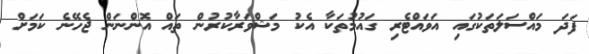
ފަދަ މައްސަލަތަކުގައި އަވައްޓެރި ގައުމުތަކާ އެކު މަޝްވަރާކުރުން ތައް އޮންނަން ޖެހޭނެ ކަމަށް